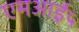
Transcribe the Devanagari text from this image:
एमआई५